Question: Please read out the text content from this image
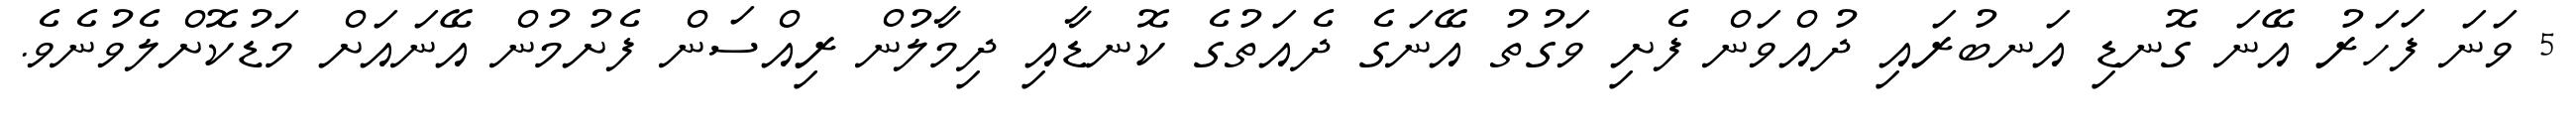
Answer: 5 ވަނަ ފަހަރު އޭނަ ގޮނޑި އަނބުރައި ދުއްވަން ފެށި ވަގުތު އޭނަގެ ދެއަތުގެ ކޮނޑާއި ދިމާލުން ރިއްސަން ފެށުމުން އޭނައަށް މަޑުކޮށްލެވުނެވެ.